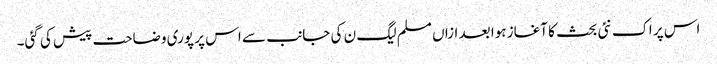
اس پر اک نئی بحث کا آغاز ہوا بعد ازاں مسلم لیگ ن کی جانب سے اس پر پوری وضاحت پیش کی گئی۔